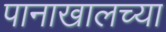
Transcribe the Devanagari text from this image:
पानाखालच्या